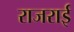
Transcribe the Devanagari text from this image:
राजराई